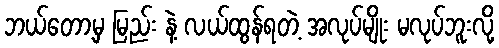
ဘယ်တော့မှ မြည်း နဲ့ လယ်ထွန်ရတဲ့ အလုပ်မျိုး မလုပ်ဘူးလို့